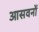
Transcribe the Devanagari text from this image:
आसवनों